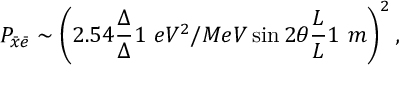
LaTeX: P _ { \bar { x } \bar { e } } \sim \left( 2 . 5 4 \frac { \Delta } { \Delta } { 1 ~ e V ^ { 2 } / M e V } \sin 2 \theta \frac { L } { L } { 1 ~ m } \right) ^ { 2 } ,